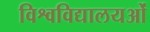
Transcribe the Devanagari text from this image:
विश्वविद्यालयओं